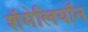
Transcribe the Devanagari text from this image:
शॅमेलियॉन